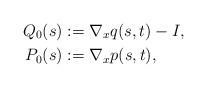
LaTeX: \begin{align*}Q_0(s)&:=\nabla_x q(s,t)-I, \\P_0(s)&:=\nabla_x p(s,t),\end{align*}